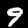
Label: 9